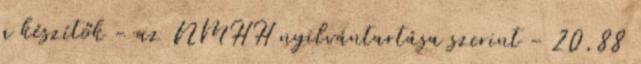
a készítők - az NMHH nyilvántartása szerint - 20,88